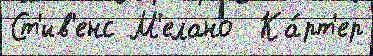
Ст'ив'енс М'елано  Ка́рт'ер